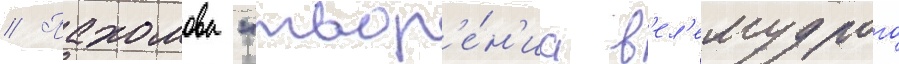
// Пахомова "твор'е́н'иа в'ел'емудрого